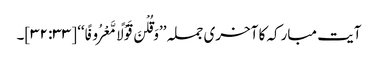
آیت مبارکہ کا آخری جملہ ’’وَقُلْنَ قَوْلًا مَّعْرُوفًا‘‘ [۳۳: ۳۲]۔